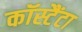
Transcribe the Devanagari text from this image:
कॉस्टैंटा